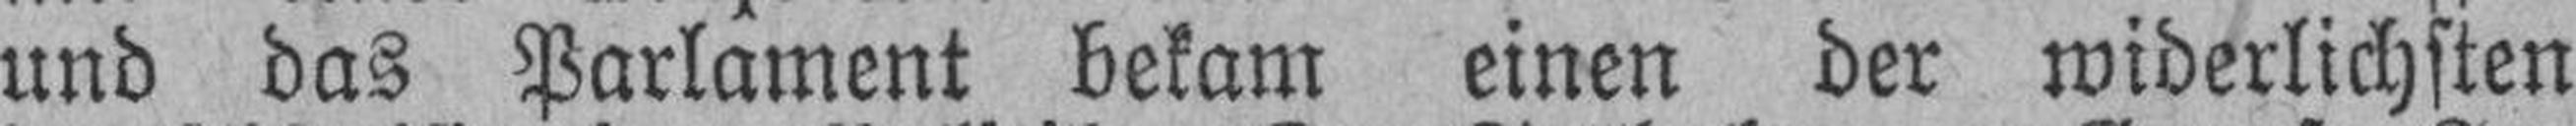
und das Parlament bekam einen der widerlichsten